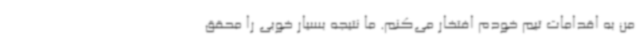
من به اقدامات تیم خودم افتخار می‌کنم. ما نتیجه بسیار خوبی را محقق